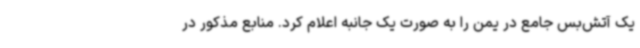
یک آتش‌بس جامع در یمن را به صورت یک جانبه اعلام کرد. منابع مذکور در